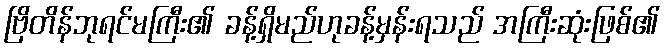
ဗြိတိန်ဘုရင်မကြီး၏ ခန့်ရှိမည်ဟုခန့်မှန်းရသည် အကြီးဆုံးဖြစ်၏